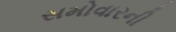
સમોવારની